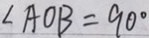
\angle A O B = 9 0 ^ { \circ }